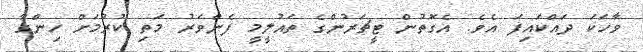
ވާހަކަ ދައްކައިފަ އެވެ. އެގޮތުން ޓީޗަރުންގެ ތައުލީމީ ފެންވަރު މަތި ކުރުމަށް ހިންގާ